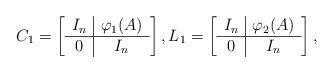
LaTeX: \begin{align*}C_{1}= \left[\begin{array}[c]{c|c}I_{n} & \varphi_{1}(A)\\\hline0 & I_{n}\end{array}\right] ,L_{1}= \left[\begin{array}[c]{c|c}I_{n} & \varphi_{2}(A)\\\hline0 & I_{n}\end{array}\right] ,\end{align*}